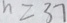
n = 3 7